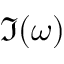
\Im ( \omega )